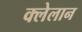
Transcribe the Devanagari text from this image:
क्लेलान